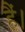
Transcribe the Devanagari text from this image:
हैं।